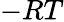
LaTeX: -RT